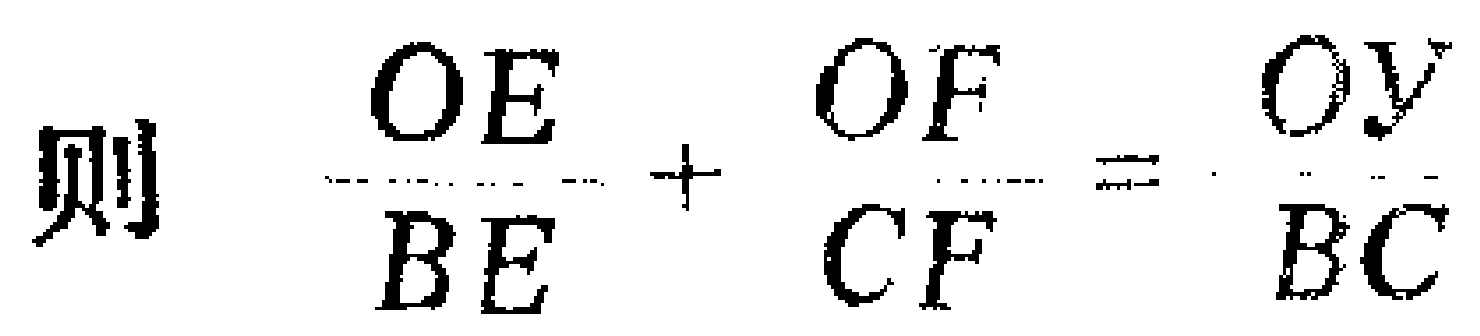
则 \(\frac{OE}{BE}+\frac{OF}{CF}=\frac{OY}{BC}\)